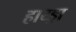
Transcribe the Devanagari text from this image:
हाय्ड्रा